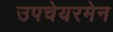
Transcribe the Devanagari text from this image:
उपचेयरमेन